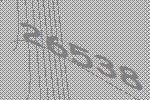
26538